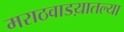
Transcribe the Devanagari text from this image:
मराठवाडय़ातल्या